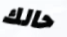
حالك